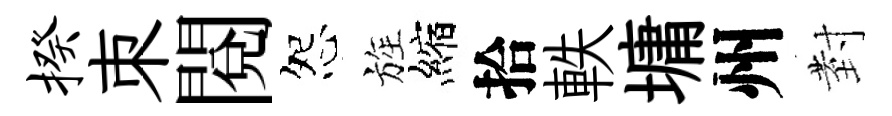
揆朿閲怨旌縮拾軼墉州𭔹